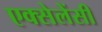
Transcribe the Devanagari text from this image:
एक्सेलेंसी